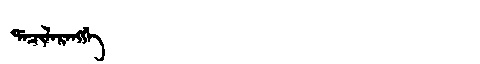
Manchu: ᡩᠠᠴᡳᠯᠠᡵᠠᠩᡤᡝ
Romanization: DACILARANGGE